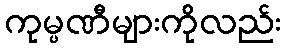
ကုမ္ပဏီများကိုလည်း